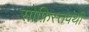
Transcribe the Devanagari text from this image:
सोफ़िस्तपंथी